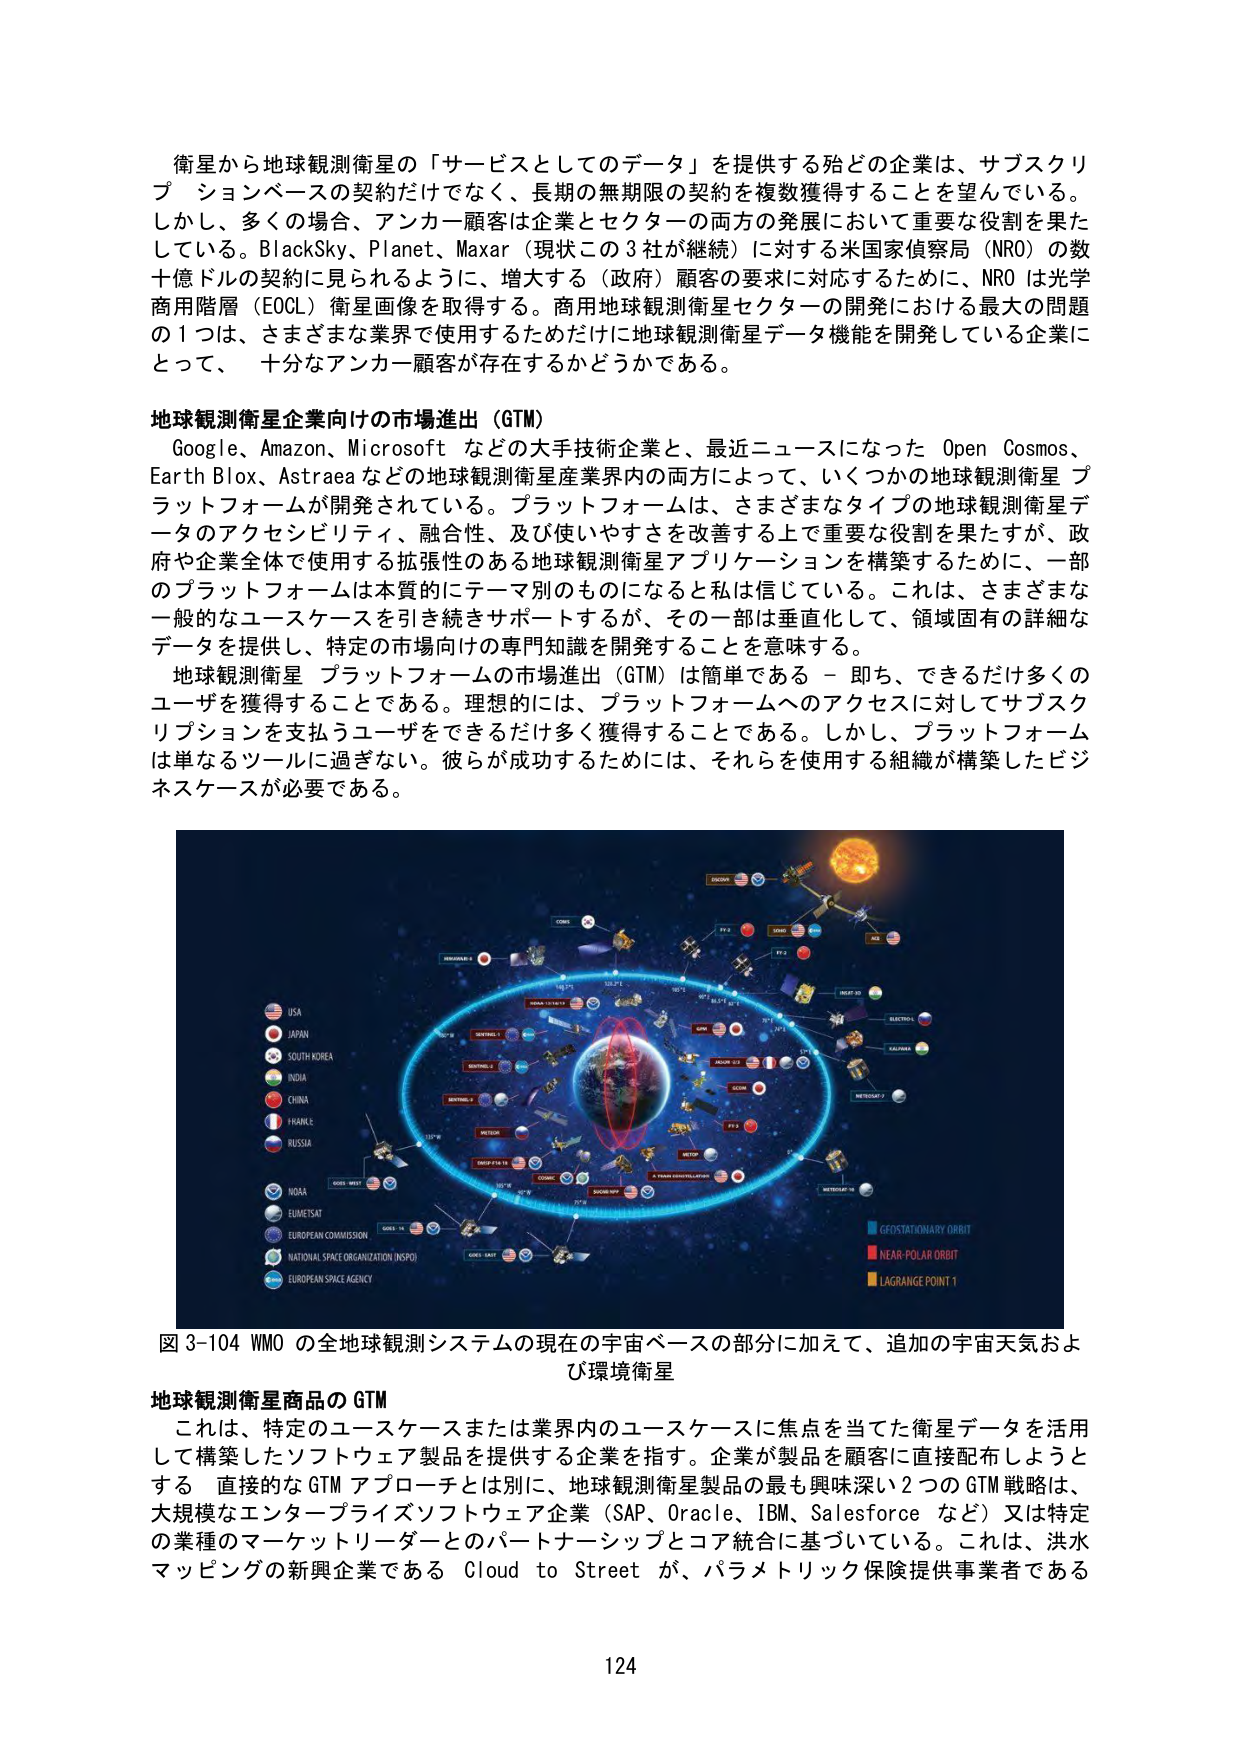
衛星から地球観測衛星の「サービスとしてのデータ」を提供する殆どの企業は、サブスクリプションベースの契約だけでなく、長期の無期限の契約を複数獲得することを望んでいる。しかし、多くの場合、アンカー顧客は企業とセクターの両方の発展において重要な役割を果たしている。BlackSky、Planet、Maxar（現状この3社が継続）に対する米国家偵察局（NRO）の数十億ドルの契約に見られるように、増大する（政府）顧客の要求に対応するために、NROは光学商用階層（EOCL）衛星画像を取得する。商用地球観測衛星セクターの開発における最大の問題の1つは、さまざまな業界で使用するためだけに地球観測衛星データ機能を開発している企業にとって、十分なアンカー顧客が存在するかどうかである。

地球観測衛星企業向けの市場進出（GTM）
Google、Amazon、Microsoftなどの大手技術企業と、最近ニュースになったOpen Cosmos、Earth Blox、Astrraeaなどの地球観測衛星産業界内の両方によって、いくつかの地球観測衛星プラットフォームが開発されている。プラットフォームは、さまざまなタイプの地球観測衛星データのアクセシビリティ、融合性、及び使いやすさを改善する上で重要な役割を果たすが、政府や企業全体で使用する拡張性のある地球観測衛星アプリケーションを構築するために、一部のプラットフォームは本質的にテーマ別なものになると私は信じている。これは、さまざまな一般的なユースケースを引き続きサポートするが、その一部は垂直化して、領域固有の詳細なデータを提供し、特定の市場向けの専門知識を開発することを意味する。
地球観測衛星 プラットフォームの市場進出（GTM）は簡単である – 即ち、できるだけ多くのユーザを獲得することである。理想的には、プラットフォームへのアクセスに対してサブスクリプションを支払うユーザをできるだけ多く獲得することである。しかし、プラットフォームは単なるツールに過ぎない。彼らが成功するためには、それらを使用する組織が構築したビジネスケースが必要である。

図3-104 WMOの全地球観測システムの現在の宇宙ベースの部分に加えて、追加の宇宙天気および環境衛星

地球観測衛星商品のGTM
これは、特定のユースケースまたは業界内のユースケースに焦点を当てた衛星データを活用して構築したソフトウェア製品を提供する企業を指す。企業が製品を顧客に直接配布しようとする 直接的なGTMアプローチとは別に、地球観測衛星製品の最も興味深い2つのGTM戦略は、大規模なエンタープライズソフトウェア企業（SAP、Oracle、IBM、Salesforceなど）又は特定の業種のマーケットリーダーとのパートナーシップとコア統合に基づいている。これは、洪水マッピングの新興企業であるCloud to Streetが、パラメトリック保険提供事業者である

124

USA
JAPAN
SOUTH KOREA
INDIA
CHINA
FRANCE
RUSSIA
NOAA
EUMETSAT
EUROPEAN COMMISSION
NATIONAL SPACE ORGANIZATION (NSPO)
EUROPEAN SPACE AGENCY
GEOSTATIONARY ORBIT
NEAR-POLAR ORBIT
LAGRANGE POINT 1